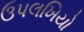
ઉપલખિયો